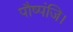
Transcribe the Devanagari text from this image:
पौष्पंजि।